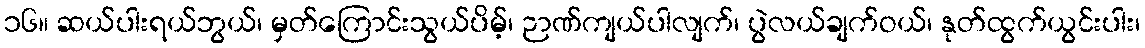
၁၆။ ဆယ်ပါးရယ်ဘွယ်၊ မှတ်ကြောင်းသွယ်ပိမ့်၊ ဉာဏ်ကျယ်ပါလျက်၊ ပွဲလယ်ချက်ဝယ်၊ နုတ်ထွက်ယွင်းပါး၊